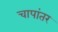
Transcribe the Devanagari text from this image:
चापांतर